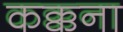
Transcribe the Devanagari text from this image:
कक्कना